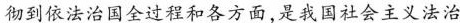
彻到依法治国全过程和各方面，是我国社会主义法治